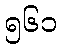
၅၆၁